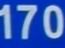
170